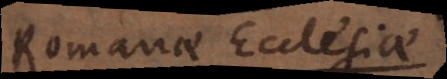
Romanae Ecclesiae